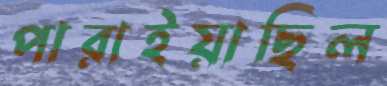
পারাইয়াছিল